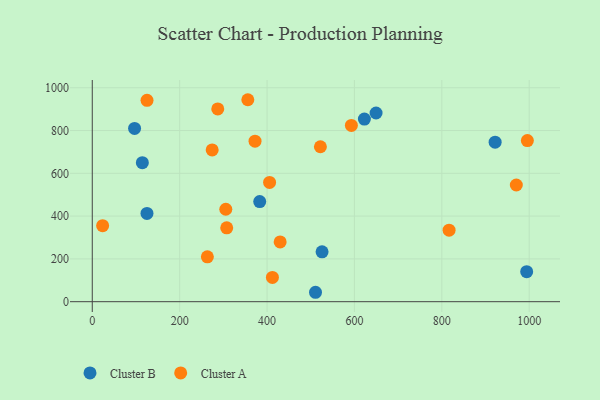
{"axis": {"x": "Engine Size", "y": "Profit"}, "legend": ["Cluster A", "Cluster B"], "data": [{"x": "383.2", "y": 467.9, "type": "Cluster B"}, {"x": "622.8", "y": 853.6, "type": "Cluster B"}, {"x": "525.9", "y": 232.9, "type": "Cluster B"}, {"x": "922.0", "y": 745.5, "type": "Cluster B"}, {"x": "125.2", "y": 412.5, "type": "Cluster B"}, {"x": "114.6", "y": 649.8, "type": "Cluster B"}, {"x": "649.5", "y": 881.8, "type": "Cluster B"}, {"x": "96.8", "y": 809.6, "type": "Cluster B"}, {"x": "994.2", "y": 140.5, "type": "Cluster B"}, {"x": "510.9", "y": 44.0, "type": "Cluster B"}, {"x": "263.4", "y": 209.8, "type": "Cluster A"}, {"x": "287.2", "y": 900.9, "type": "Cluster A"}, {"x": "816.6", "y": 334.3, "type": "Cluster A"}, {"x": "995.8", "y": 752.8, "type": "Cluster A"}, {"x": "405.8", "y": 557.4, "type": "Cluster A"}, {"x": "412.3", "y": 113.3, "type": "Cluster A"}, {"x": "356.0", "y": 943.9, "type": "Cluster A"}, {"x": "125.3", "y": 941.3, "type": "Cluster A"}, {"x": "305.6", "y": 432.0, "type": "Cluster A"}, {"x": "372.5", "y": 750.2, "type": "Cluster A"}, {"x": "593.0", "y": 823.6, "type": "Cluster A"}, {"x": "522.1", "y": 724.1, "type": "Cluster A"}, {"x": "970.5", "y": 545.3, "type": "Cluster A"}, {"x": "430.0", "y": 279.1, "type": "Cluster A"}, {"x": "274.4", "y": 709.2, "type": "Cluster A"}, {"x": "307.7", "y": 345.1, "type": "Cluster A"}, {"x": "23.7", "y": 355.4, "type": "Cluster A"}]}